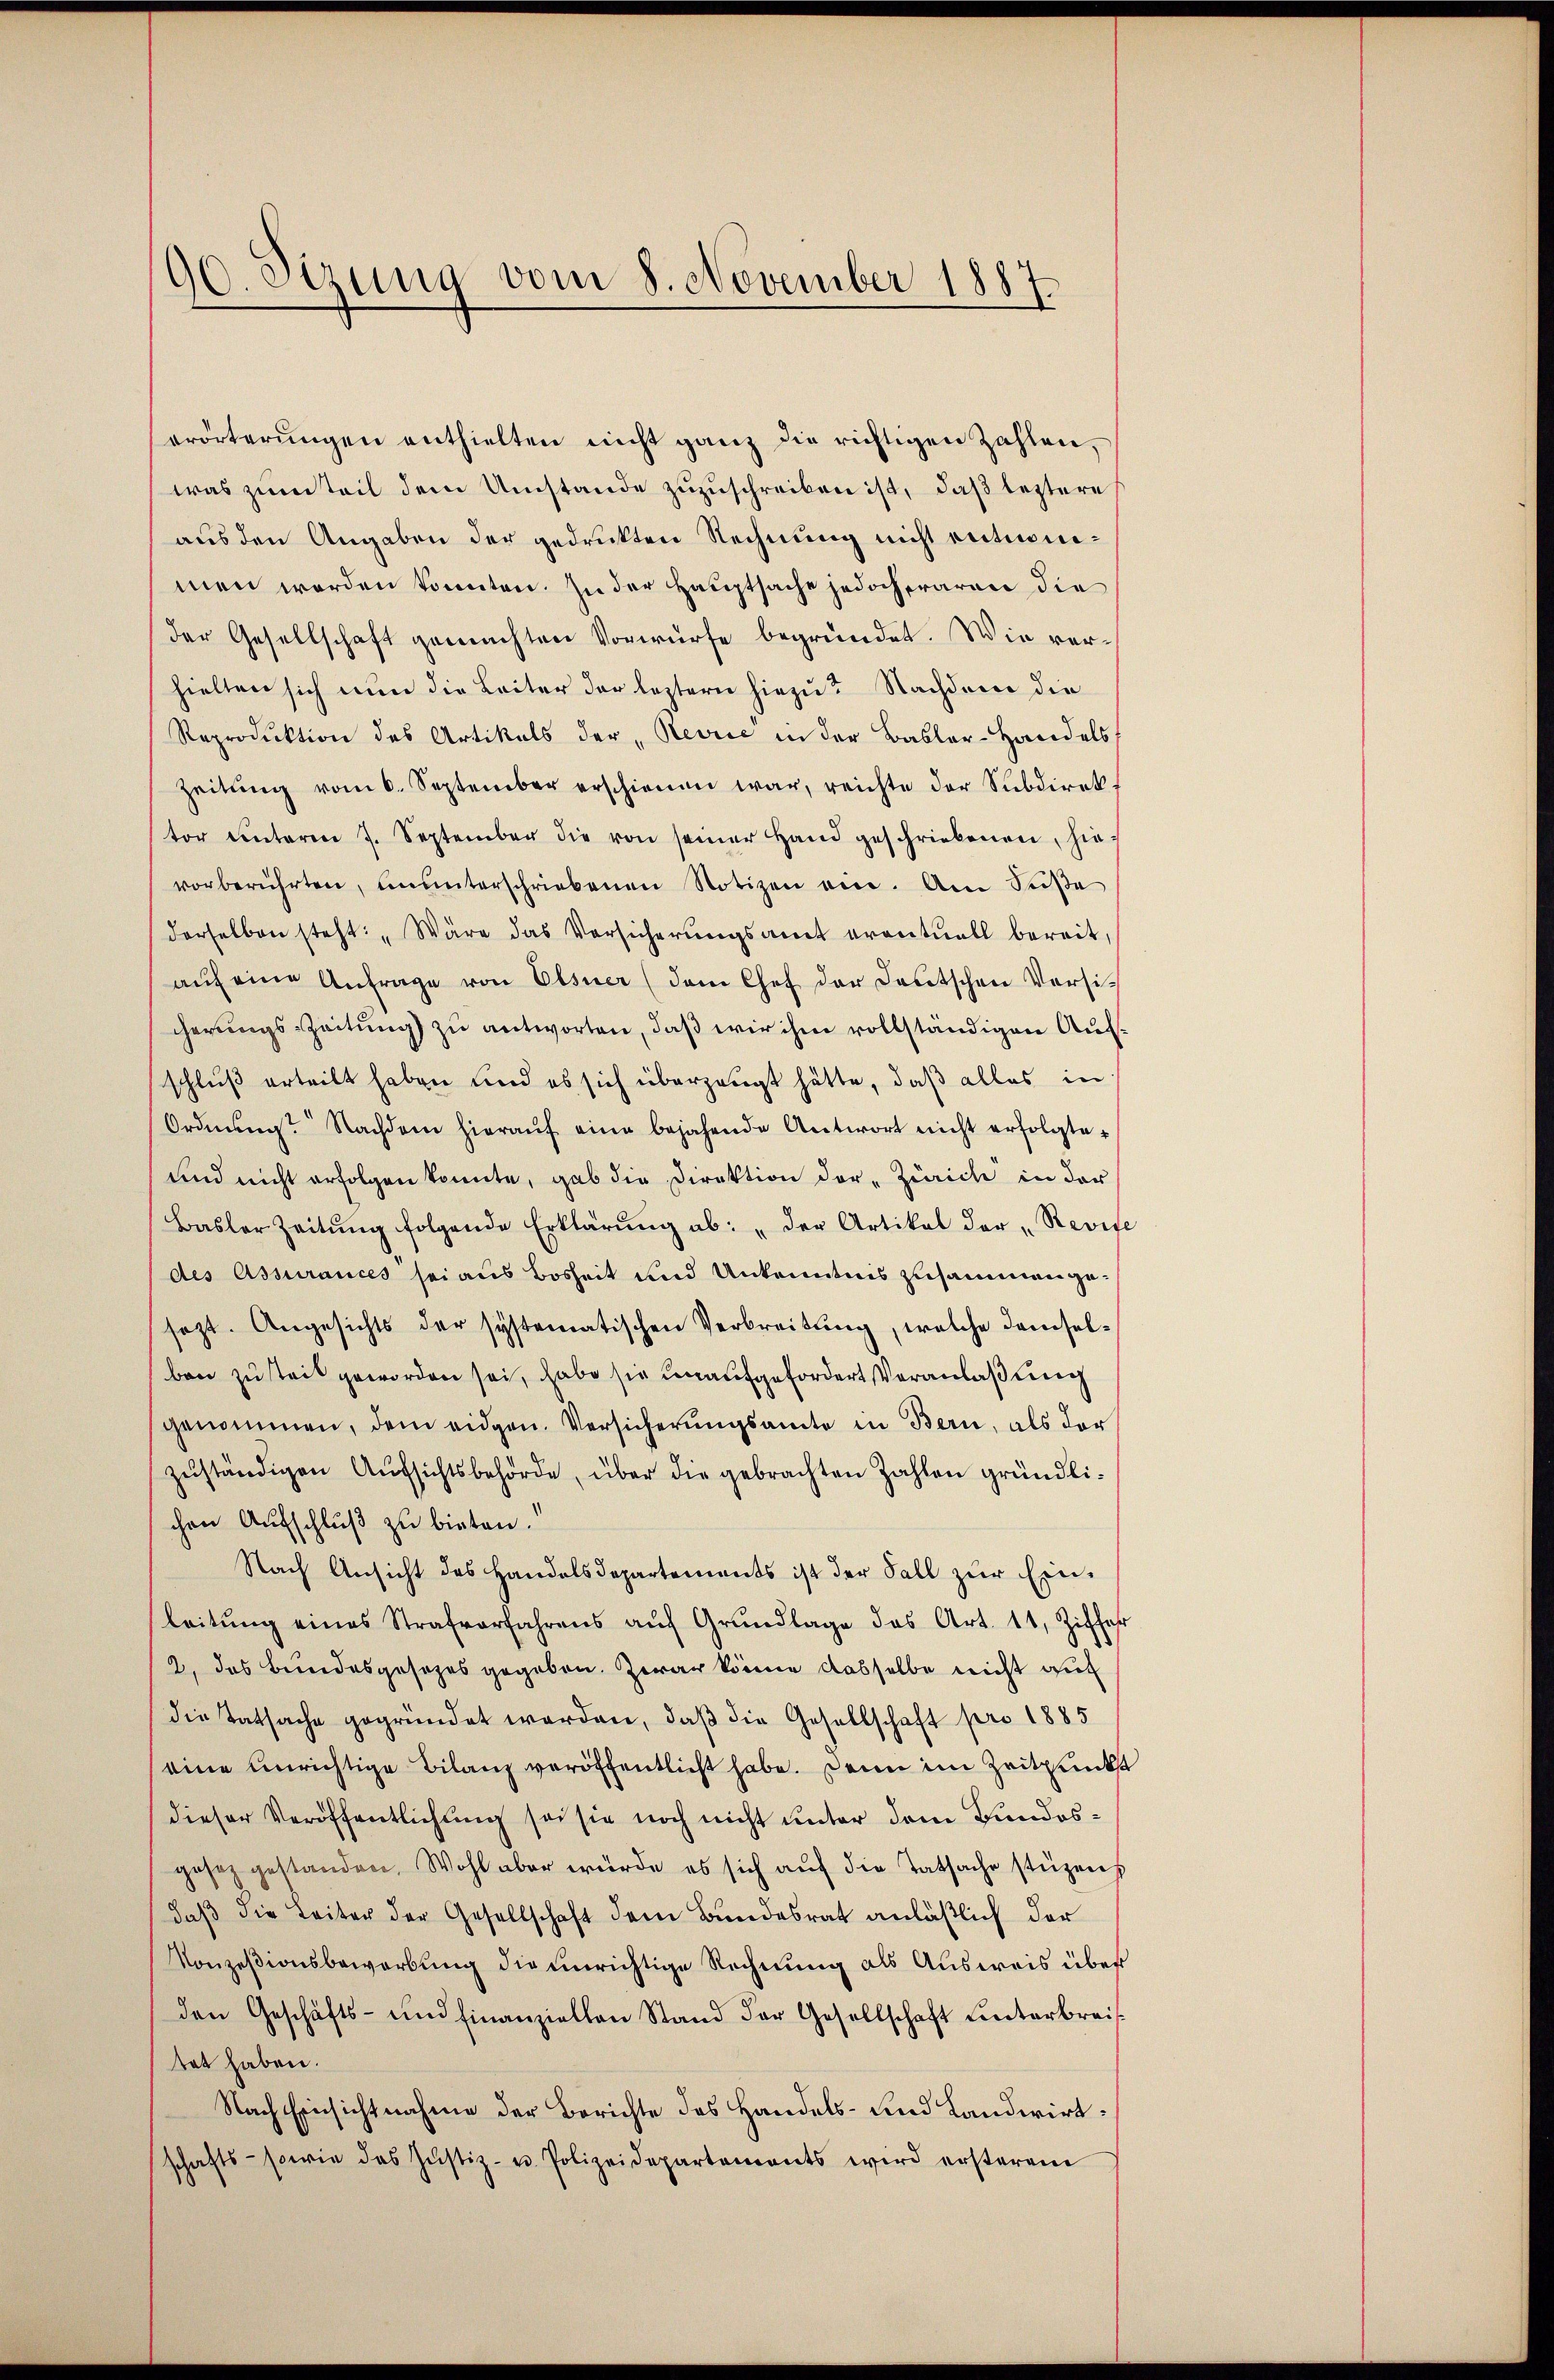
90. Seizung vom 8. November 1887.

erörterungen enthielten nicht ganz die richtigen Zahlen,
was zum Teil dem Umstände zuzuschreiben ist, daß leztere
aus den Angaben der gedrukten Rechnung nicht entnommen werden könnten. In der Hauptsache jedoch waren die
Der Gesellschaft gemachten Vorwürfe begründet. Wie verhielten sich nun die Leiter der leztern hiezu? Nachdem die
Reproduktion des Artikels der "Revrić in der Basler-Handels
Zeitŭng vom 6. September erschienen war, reichte der Subdirekt
tor unteren 7. September die von seiner Hand geschriebenen, hie-
vorberührten, ununterschriebenen Notizen ein. Am Süβe
derselben steht: „Wäre das Versicherungsamt eventuell bereit,
aŭf eine Anfrage von Elsner (dem Chef der Deutschen Versi-
cerungs-Zeitung zu antworten, daß wir ihm vollständigen Aufschluß erteilt haben und es sich überzeugt hätte, daß alles in
Ordnung. Nachdem hieraŭf eine bejahende Antwort nicht erfolgte
und nicht erfolgen konnte, gab die Direktion der „Zürich in der
Basler Zeitŭng folgende Erklärŭng ab: "der Artikel der "Revise
des Assurances sei aus Bosheit und Unkenntnis zusammen gesezt. Angesichts der systematischen Verbreitung, welche demselben zuteil geworden sei, habe sie unaufgefordert Veranlaßung
genommen, dem eidgen. Versicherungsamte in Bern, als der
zŭständigen Aŭfsichtsbehörde, über die gebrachten Zahlen gründlichen Aufschluß zu bieten.
Nach Ansicht des Handelsdepartements ist der Fall zŭr Ein-
leitŭng eines Strafverfahrens aŭf Grŭndlage das Art. 11, Ziffer
2, das Bundesgesezes gegeben. Zwar könne dasselbe nicht auc
die Tatsache gegründet worden, daß die Gesellschaft pro 1885
eine unrichtige Bilanz veröffentlicht habe. Denn im Zeitpunkt
dieser Veröffentlichung sei sie noch nicht unter dem Bundesgesetz gestanden. Wohl aber würde es sich aŭf die Tatsache stüzens
daß die Leiter der Gesellschaft dem Bundesrat anläßlich der
Konzesionsbewerbung die unrichtige Rechnung als Ausweis über
den Geschäfts- und finanziellen Stand der Gesellschaft hinterbreistet haben.
Nach Einsichtnahme der Berichte des Handels- und Landwirtschafts- sowie das Justiz- u. Polizeidepartements wird ersterem